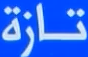
تازة